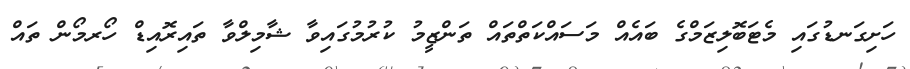
ހަށިގަނޑުގައި މެޓަބޮލިޒަމްގެ ބައެއް މަސައްކަތްތައް ތަންޒީމު ކުރުމުގައިވާ ޝާމިލްވާ ތައިރޮއިޑް ހޯރމޯން ތައް